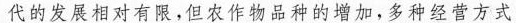
代的发展相对有限，但农作物品种的增加，多种经营方式